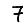
Digit: 7